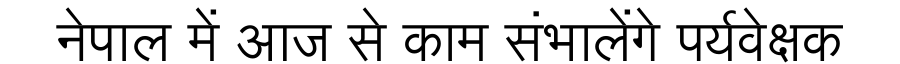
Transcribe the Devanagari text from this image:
नेपाल में आज से काम संभालेंगे पर्यवेक्षक